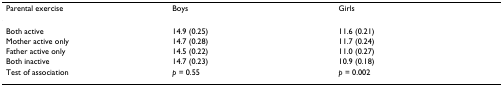
<table><thead><tr><td><b>Parental exercise</b></td><td><b>Boys</b></td><td><b>Girls</b></td></tr></thead><tbody><tr><td>Both active</td><td>14.9 (0.25)</td><td>11.6 (0.21)</td></tr><tr><td>Mother active only</td><td>14.7 (0.28)</td><td>11.7 (0.24)</td></tr><tr><td>Father active only</td><td>14.5 (0.22)</td><td>11.0 (0.27)</td></tr><tr><td>Both inactive</td><td>14.7 (0.23)</td><td>10.9 (0.18)</td></tr><tr><td>Test of association</td><td><i>p </i>= 0.55</td><td><i>p </i>= 0.002</td></tr></tbody></table>